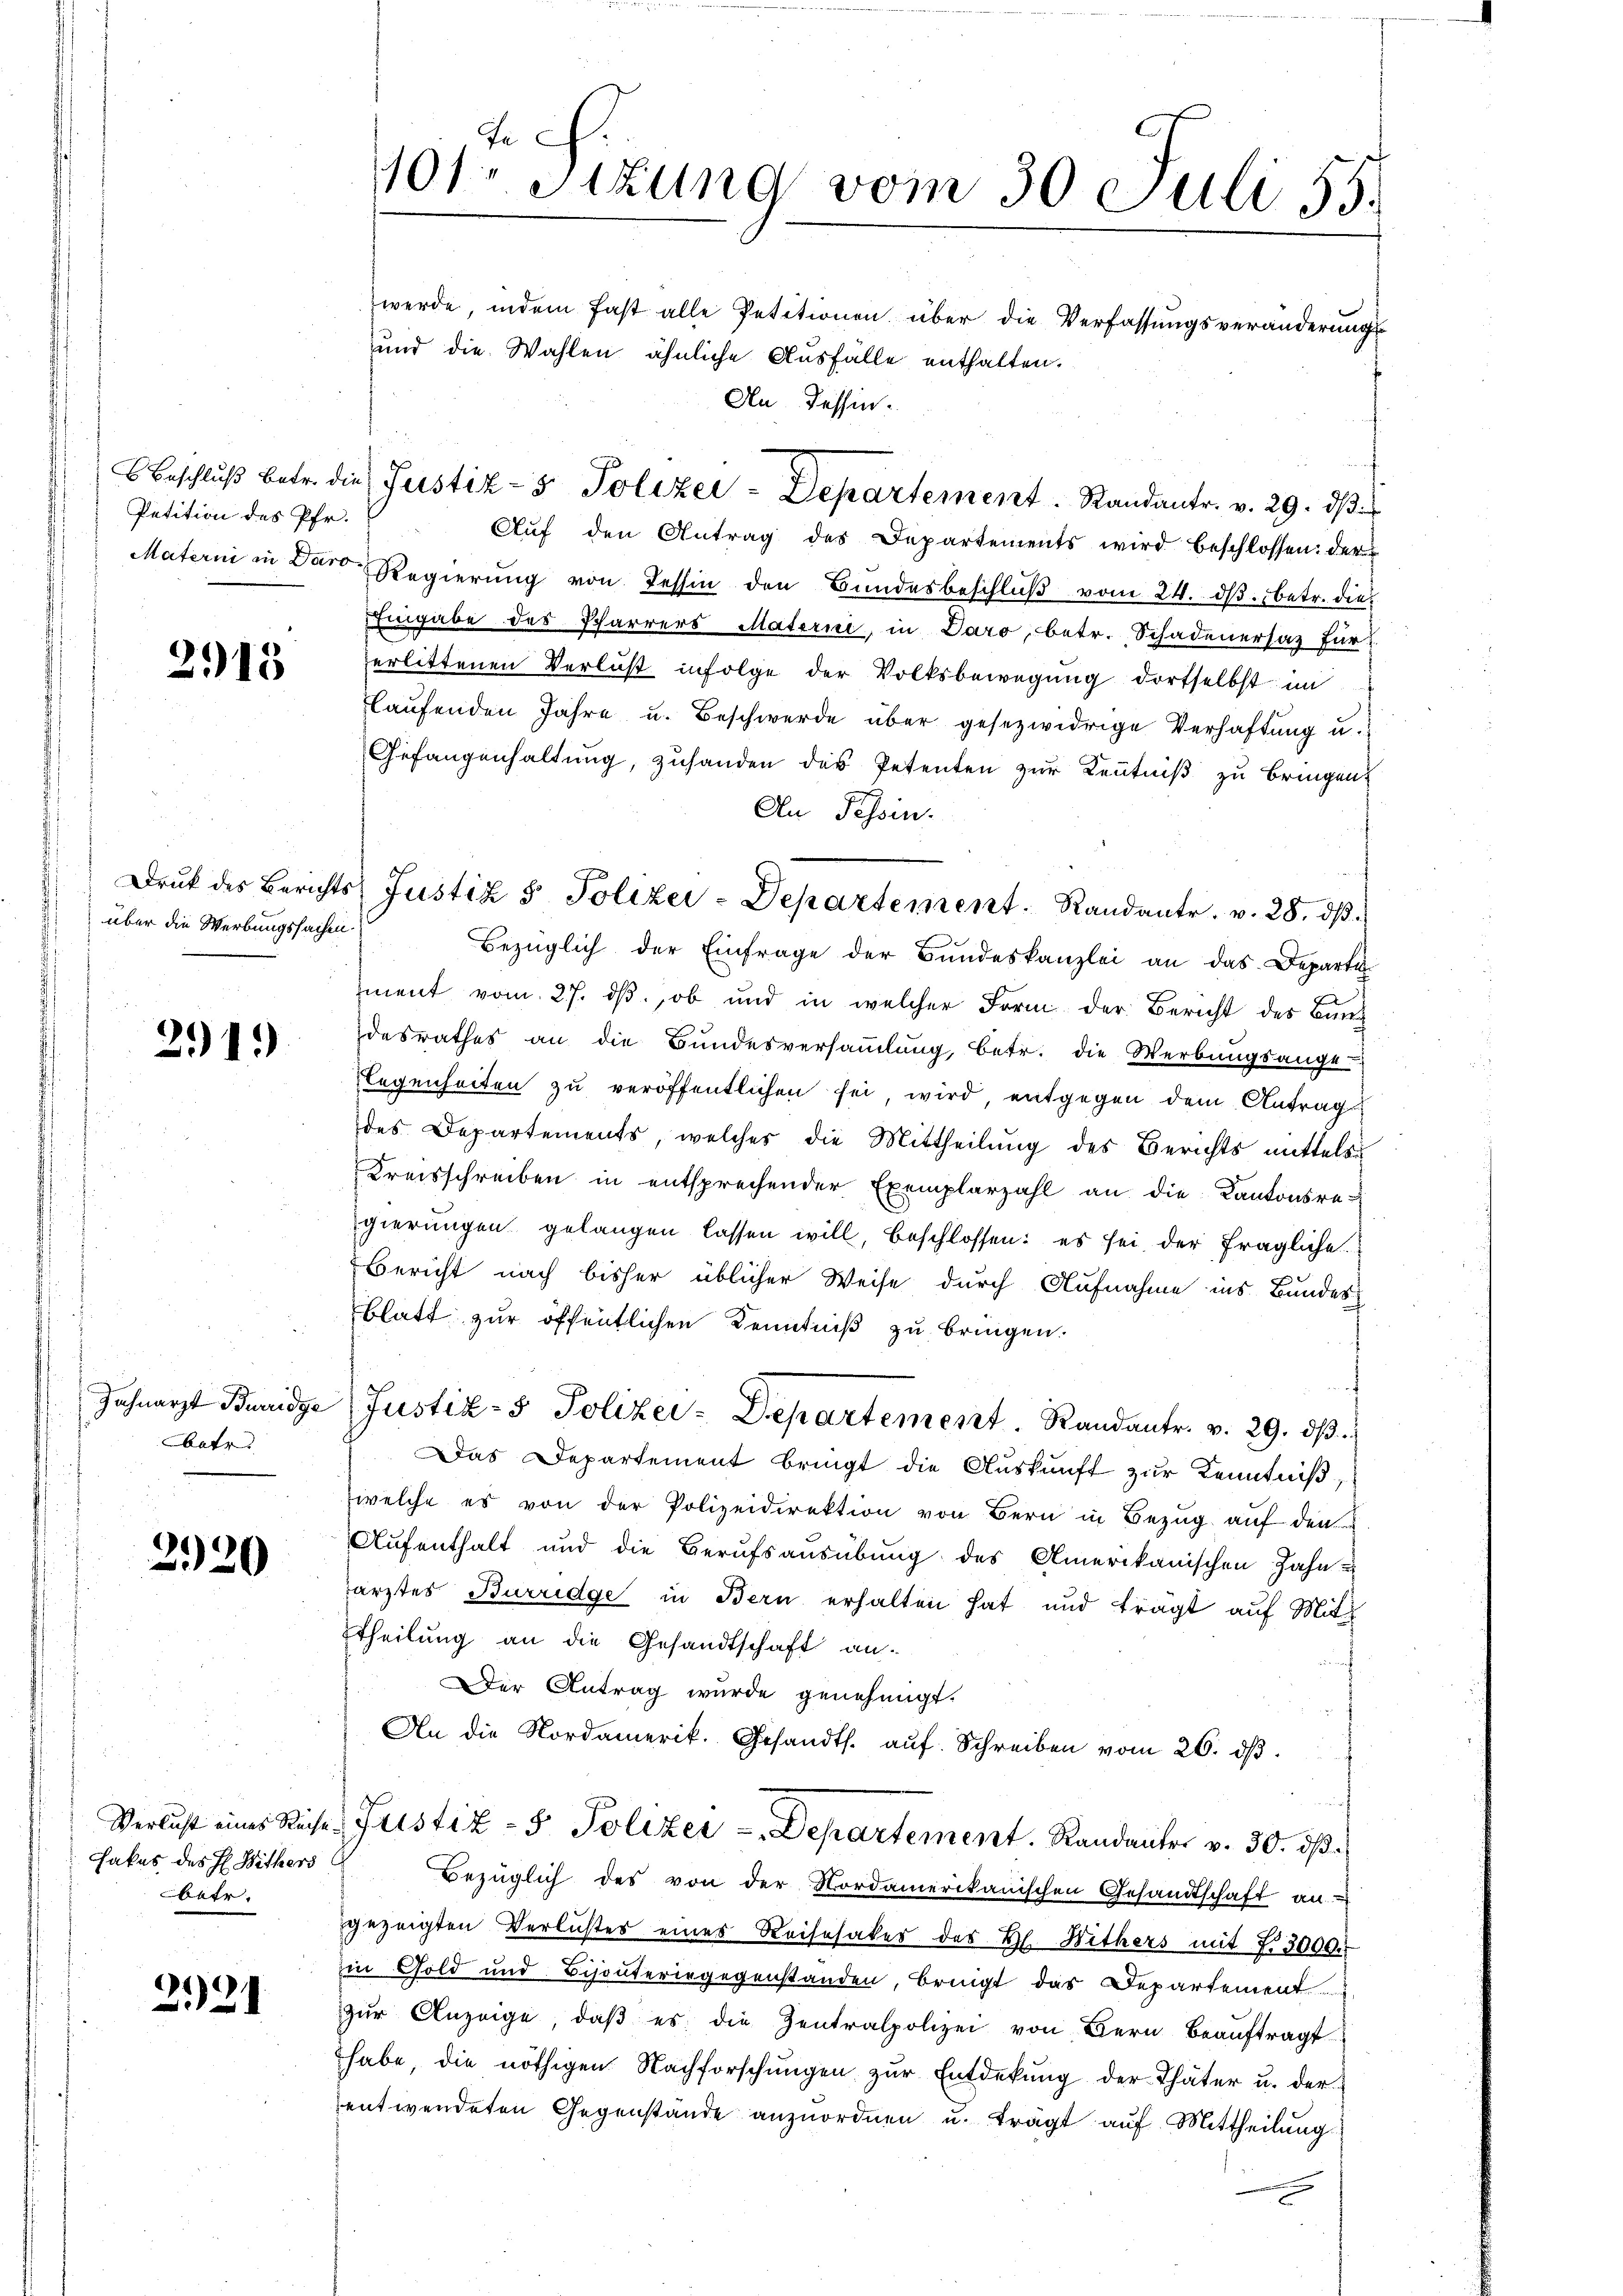
Petition des Pfr.

2915

über die Werbungssachen.

291)

batr.

2920

Fakes des H. Mithers
betr.

221

Fe
101 Sizung vom 30. Juli 55.
werde, indem fast alle Petitionen über die Verfassungsveränderungs
und die Wahlen ähnliche Ausfälle enthalten.

Aŭf den Antrag des Departements wird beschlossen: der
Materni in Daro Regierŭng von Tessin den Bundesbeschlŭβ vom 24. ds. betr. die
Eingabe des Pfarrers Materii, in Daro, betr. Schadenersaz für
erlittenen Verlust infolge der Volksbewegung dortselbst im
laŭfenden Jahre u. Beschwerde über gesezwidrige Verhaftung u.
Gefangenhaltung, zuhanden des Petenten zur Kenntniß zu bringen
An Tessin.
Bezüglich der Einfrage der Bundeskanzlei an das Departi
ment vom 27. ds., ob und in welcher Form der Bericht des Bundesrathes an die Bŭndesversaṁlŭng, betr. die Werbungsange-
legenheiten zu veröffentlichen sei, wird entgegen dem Antrags
des Departements, welches die Mittheilung des Berichts mittels
Kreisschreiben in entsprechender Exemplarzahl an die Kantonsre-
gierungen gelangen lassen will, beschlossen: es sei der fragliche
Bericht nach bisher üblicher Weise durch Aufnahme ins Bundes-
blatt zur öffentlichen Kenntniß zu bringen.
s
Zahnarzt Burridge (Justiz- & Polizei-Departement. Randantr. v. 29. dβ.
Das Departement bringt die Auskunft zur Kenntniß,
welche es von der Polizeidirektion von Bern in Bezŭg aŭf den
Aufenthalt und die Berufsausübung des Amerikanischen Zahn u
ärztes Burridge in Bern erhalten hat und trägt auf Mith
ttheilung an die Gesandtschaft an-
Der Antrag wurde genehmigt.
An die Nordamerik. Gesandts. aŭf Schreiben vom 26. dβ.
Verlust eines Reise Justiz- & Polizei-Departement. Randanter v. 30. dβ.
Bezüglich des von der Nordamerikanischen Gesandtschaft an
gezeigten Verlustes eines Reisesacker des Hl. Withers mit 3000
Ein Gold und Bisanteringegenstanden, bringt das Departement.
zŭr Anzeige, daβ es die Zentralpolizei von Bern beaŭftragt
habe, die nöthigen Nachforschŭngen zŭr Entdekŭng der Thäter u. der
entwendeten Gegenstände anzuordnen u. trägt auf Mittheilung

An Tessin.

Beschlŭβ betr. die Justiz- & Polizei-Departement. Randantr. v. 29. dβ

Drŭk des Berichts Justiz & Polizei-Departement. Randantr. v. 28. dβ.